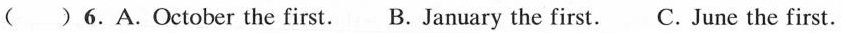
( )6.A.October the first.B. January the first.C. June the first.